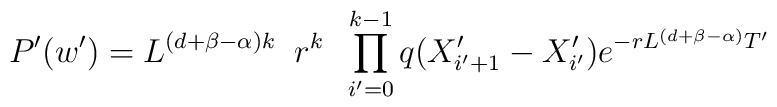
P'(w')=L^{(d+\beta -\alpha)k}\;\;r^{k}\;\;\prod^{k-1}_{i'=0}q(X'_{i'+1}-X'_{i'})e^{-rL^{(d+\beta -\alpha)}T'}